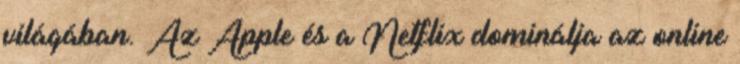
világában. Az Apple és a Netflix dominálja az online